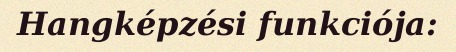
Hangképzési funkciója: